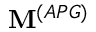
\mathbf { M } ^ { ( A P G ) }